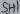
Text: SH1